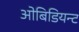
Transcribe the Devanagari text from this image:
ओबिडियन्ट